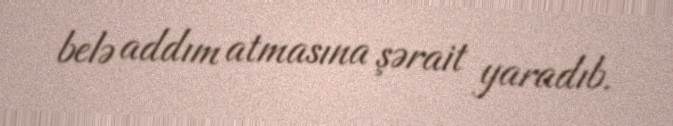
belə addım atmasına şərait yaradıb.